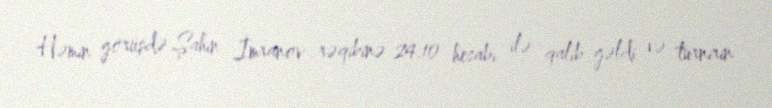
Həmin görüşdə Şahin İmranov rəqibinə 24:10 hesabı ilə qalib gəldi və turnirin